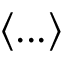
\langle . . . \rangle